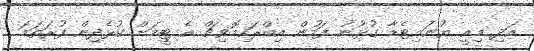
އަދި މިއީ ޔުނައިޓެޑާ ގުޅުނު ފަހުން އިބްރަހިމޮވިޗް އެ ޓީމަށް ކުޅެދިން ފުރަތަމަ